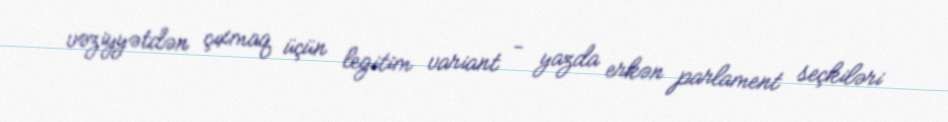
vəziyyətdən çıxmaq üçün legitim variant - yazda erkən parlament seçkiləri